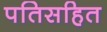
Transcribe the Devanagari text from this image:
पतिसहित